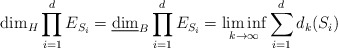
\begin{align*}\dim_H\prod_{i=1}^dE_{S_i}=\underline{\dim}_B\prod_{i=1}^dE_{S_i}=\liminf_{k\rightarrow\infty}\sum_{i=1}^dd_k(S_i)\end{align*}